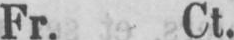
Fr. Ct.